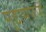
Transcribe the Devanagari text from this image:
मुद्दामपणे